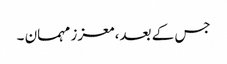
جس کے بعد، معزز مہمان ۔